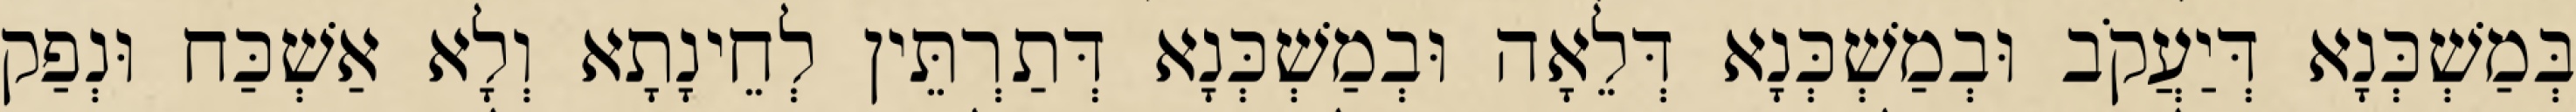
בְּמַשְׁכְּנָא דְּיַעֲקֹב וּבְמַשְׁכְּנָא דְּלֵאָה וּבְמַשְׁכְּנָא דְּתַרְתֵּין לְחֵינָתָא וְלָא אַשְׁכַּח וּנְפַק